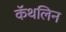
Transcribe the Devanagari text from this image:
कॅथलिन